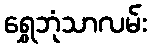
ရွှေဘုံသာလမ်း